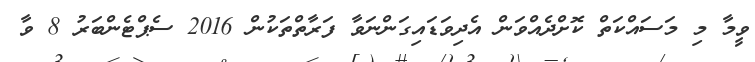
ވީމާ މި މަސައްކަތް ކޮށްދެއްވަން އެދިވަޑައިގަންނަވާ ފަރާތްތަކުން 2016 ސެޕްޓެންބަރު 8 ވާ